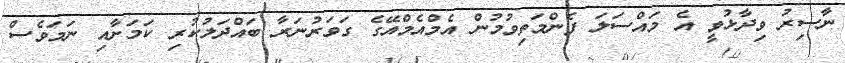
ނާސިރު ވިދާޅުވީ އެ މައްސަލަ ފެންމަތިވުމުން އެމްއެމްއޭގެ ގަވަރުނަރާ ބައްދަލުކުރި ކަމަށާއި ނަމަވެސް